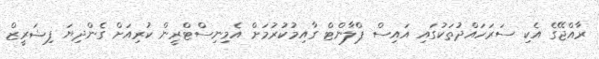
ރާއްޖޭގެ އެކި ސަރަހައްދުތަކުގައި އައިސް ޕްލާންޓް ގާއިމުކުރުމަށް އެމިނިސްޓްރީން ކުރިއަށް ގެންދިޔަ ފިޝަރީޒް